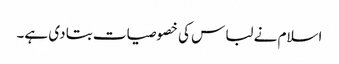
اسلام نے لباس کی خصوصیات بتا دی ہے۔